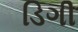
ડિગી